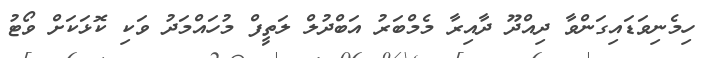
ހިމެނިވަޑައިގަންވާ ދިއްދޫ ދާއިރާ މެމްބަރު އަބްދުލް ލަތީފް މުހައްމަދު ވަކި ކޮޅަކަށް ވޯޓު